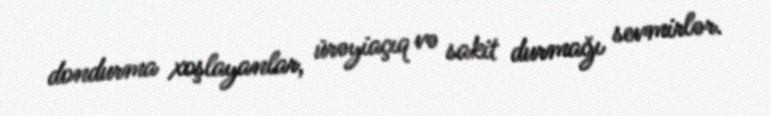
dondurma xoşlayanlar, ürəyiaçıq və sakit durmağı sevmirlər.